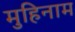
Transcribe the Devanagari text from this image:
मुहिनाम